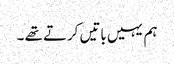
ہم یہیں باتیں کرتے تھے ۔